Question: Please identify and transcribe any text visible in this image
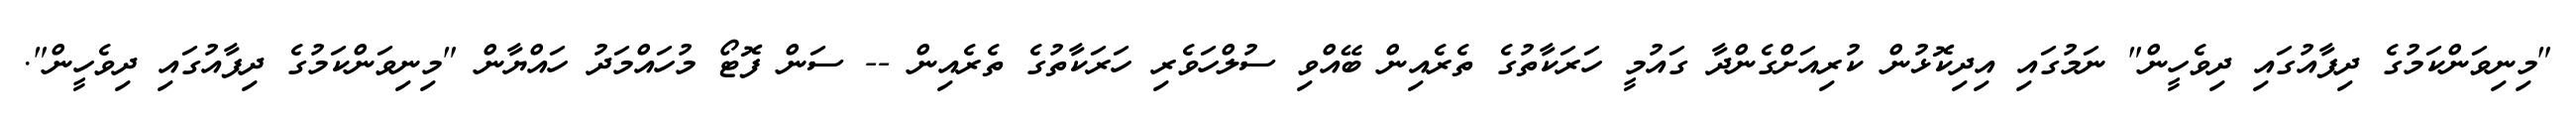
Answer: "މިނިވަންކަމުގެ ދިފާއުގައި ދިވެހީން" ނަމުގައި އިދިކޮޅުން ކުރިއަށްގެންދާ ގައުމީ ހަރަކާތުގެ ތެރެއިން ބޭއްވި ސުލްހަވެރި ހަރަކާތުގެ ތެރެއިން -- ސަން ފޮޓޯ މުހައްމަދު ހައްޔާން "މިނިވަންކަމުގެ ދިފާއުގައި ދިވެހީން".